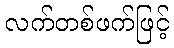
လက်တစ်ဖက်ဖြင့်